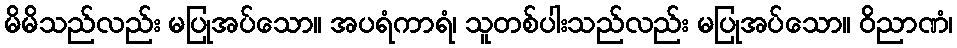
မိမိသည်လည်း မပြုအပ်သော။ အပရံကာရံ၊ သူတစ်ပါးသည်လည်း မပြုအပ်သော။ ဝိညာဏံ၊